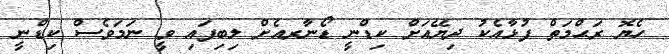
ހެޔޮ ރަޙްމަތް ފުޅާއެކު ދިޔޭއަށް ކިޑްނީ ޑޯނާރއެށް ލިބިފައި ވީ ނަމަވެސް ކިޑްނީ